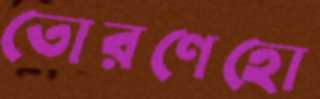
তোরণেহো